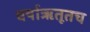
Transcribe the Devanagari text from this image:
वर्षाऋतूतच